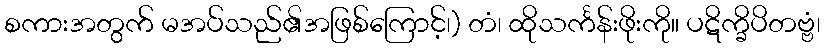
စကားအတွက် မအပ်သည်၏အဖြစ်ကြောင့်၊) တံ၊ ထိုသင်္ကန်းဖိုးကို။ ပဋိက္ခိပိတဗ္ဗံ၊